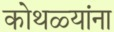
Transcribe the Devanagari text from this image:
कोथळ्यांना